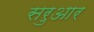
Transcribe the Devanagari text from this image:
सरुआर